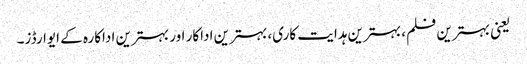
یعنی بہترین فلم، بہترین ہدایت کاری، بہترین اداکار اور بہترین اداکارہ کے ایوارڈز۔